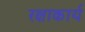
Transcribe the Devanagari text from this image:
रक्षाकार्य